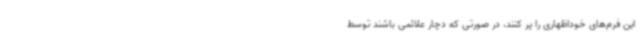
این فرم‌های خوداظهاری را پر کنند، در صورتی که دچار علائمی باشند توسط